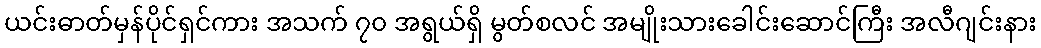
ယင်းဓာတ်မှန်ပိုင်ရှင်ကား အသက် ၇၀ အရွယ်ရှိ မွတ်စလင် အမျိုးသားခေါင်းဆောင်ကြီး အလီဂျင်းနား